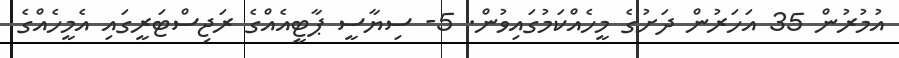
އުމުރުން 35 އަހަރުން ދަށުގެ މީހެއްކަމުގައިވުން. 5- ސިޔާސީ ޕާޓީއެއްގެ ރަޖިސްޓަރީގައި އެމީހެއްގެ